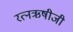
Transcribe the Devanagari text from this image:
रत्नऋषीजी